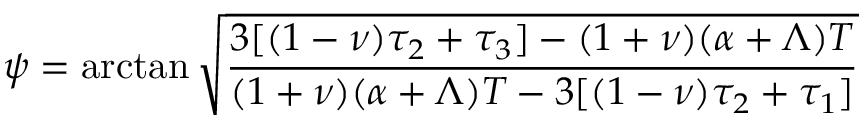
\psi = \arctan \sqrt { \frac { 3 [ ( 1 - \nu ) \tau _ { 2 } + \tau _ { 3 } ] - ( 1 + \nu ) ( \alpha + \Lambda ) T } { ( 1 + \nu ) ( \alpha + \Lambda ) T - 3 [ ( 1 - \nu ) \tau _ { 2 } + \tau _ { 1 } ] } }